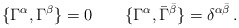
\begin{align*}\{\Gamma^\alpha,\Gamma^\beta\}=0 \qquad \{\Gamma^\alpha,\bar\Gamma^{\bar\beta}\} = \delta^{\alpha\bar\beta}\, .\end{align*}